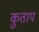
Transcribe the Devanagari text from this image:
कुताप